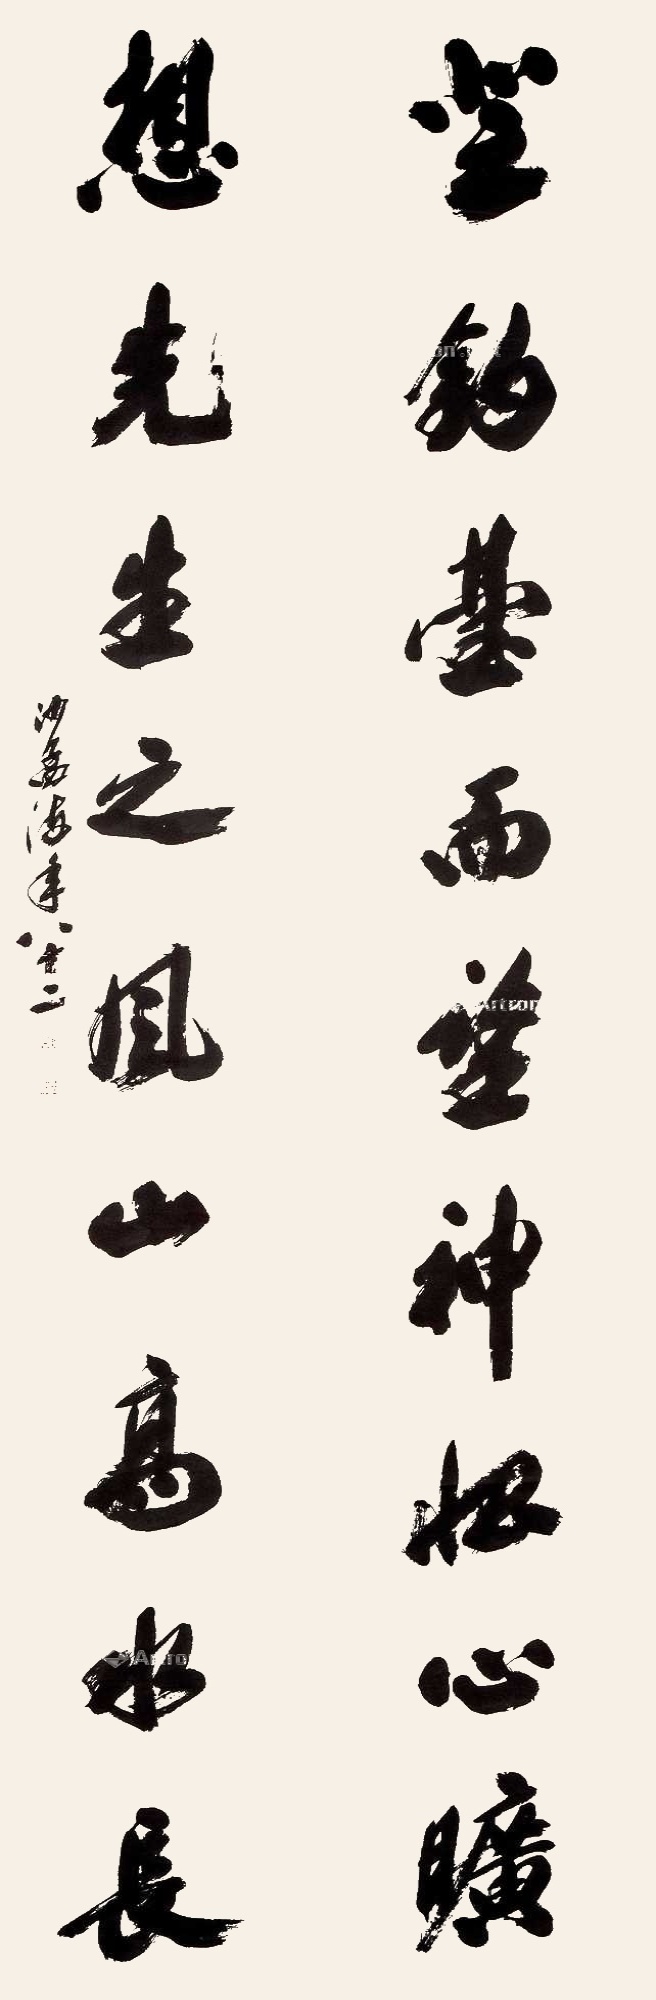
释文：登钓台而望神怡心旷，想先生之风山高水长。沙孟海年八十二。